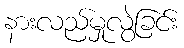
နားလည်မှုလွဲခြင်း